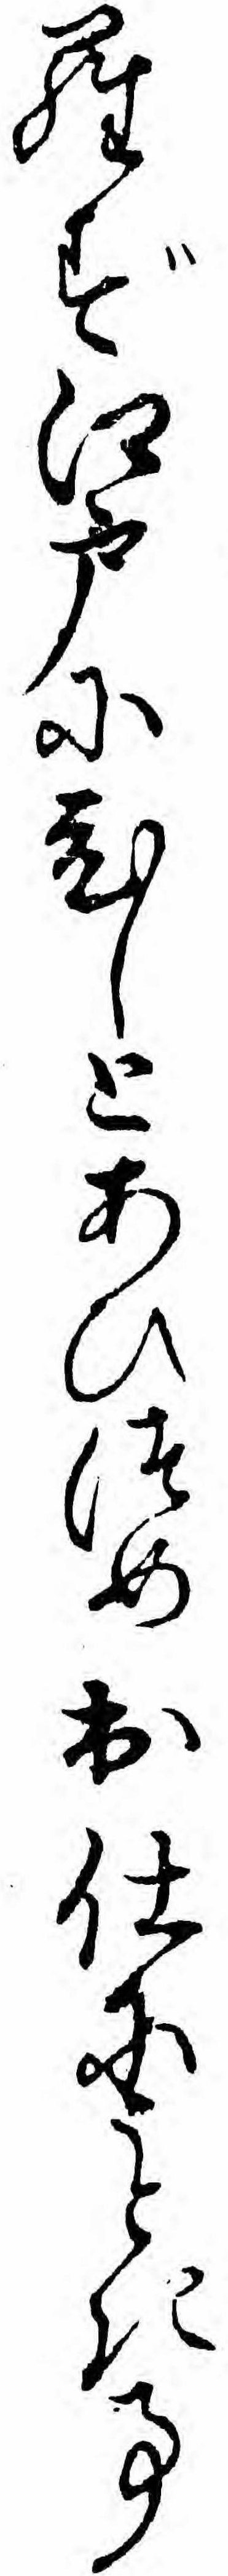
らず江戸にひしとあひつめ出仕にうとき事